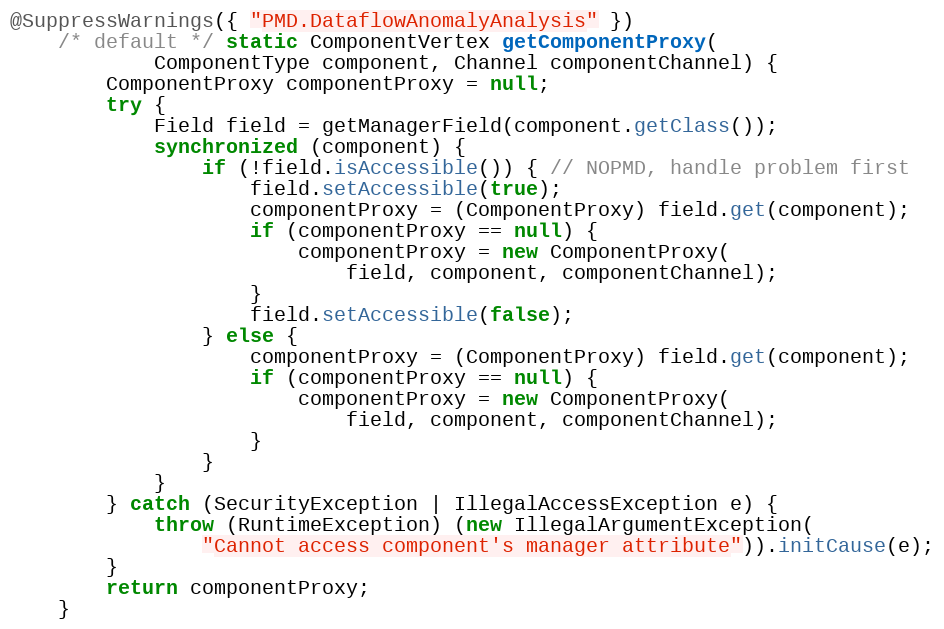
Language: Java
@SuppressWarnings({ "PMD.DataflowAnomalyAnalysis" })
    /* default */ static ComponentVertex getComponentProxy(
            ComponentType component, Channel componentChannel) {
        ComponentProxy componentProxy = null;
        try {
            Field field = getManagerField(component.getClass());
            synchronized (component) {
                if (!field.isAccessible()) { // NOPMD, handle problem first
                    field.setAccessible(true);
                    componentProxy = (ComponentProxy) field.get(component);
                    if (componentProxy == null) {
                        componentProxy = new ComponentProxy(
                            field, component, componentChannel);
                    }
                    field.setAccessible(false);
                } else {
                    componentProxy = (ComponentProxy) field.get(component);
                    if (componentProxy == null) {
                        componentProxy = new ComponentProxy(
                            field, component, componentChannel);
                    }
                }
            }
        } catch (SecurityException | IllegalAccessException e) {
            throw (RuntimeException) (new IllegalArgumentException(
                "Cannot access component's manager attribute")).initCause(e);
        }
        return componentProxy;
    }